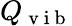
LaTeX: Q_{\mathrm{~v~i~b~}}